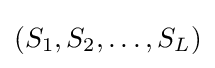
(S_{1},S_{2},\ldots ,S_{L})